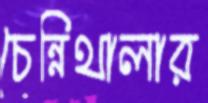
চেন্নিথালার